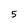
Character: 5